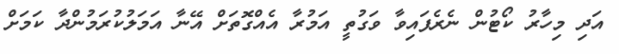
އަދި މިހާރު ކޯޓުން ނެރެފައިވާ ވަގުތީ އަމުރާ އެއްގޮތަށް އޭނާ އަމަލުކުރަމުންދާ ކަމަށް